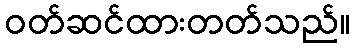
ဝတ်ဆင်ထားတတ်သည်။